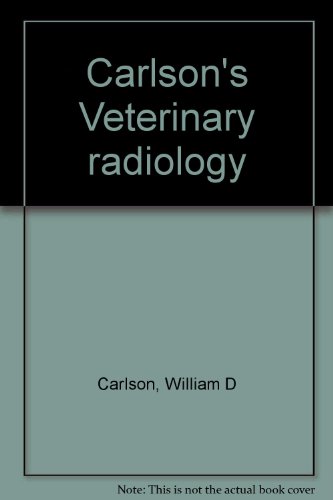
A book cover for Carlson's Veterinary radiology; William D Carlson; Medical Books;